Annual report of the Imperial Bacteriologist
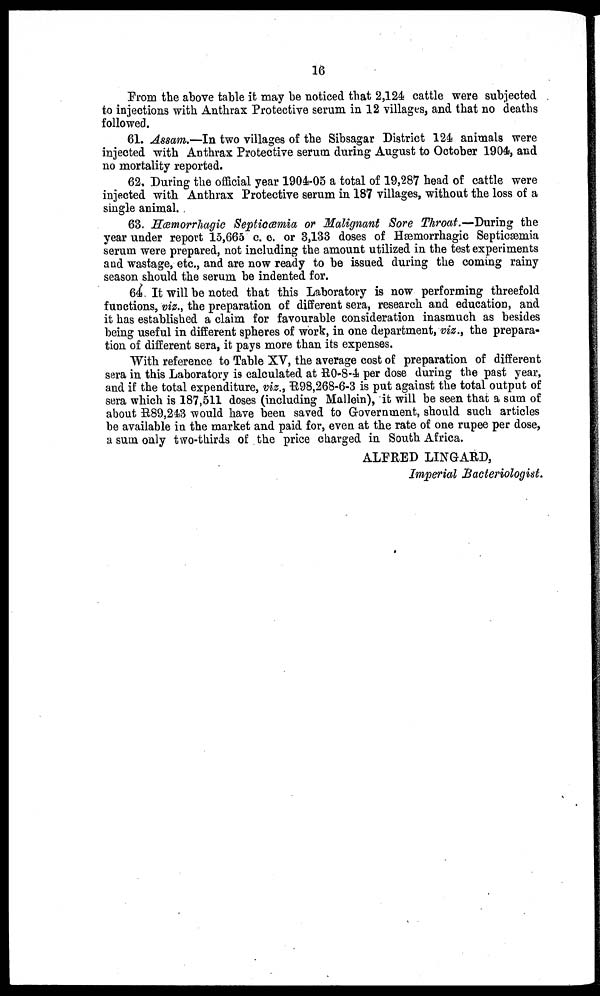
16
From the above table it may be noticed that 2,124 cattle were subjected
to injections with Anthrax Protective serum in 12 villages, and that no deaths
followed.
61. Assam.—In two villages of the Sibsagar District 124 animals were
injected with Anthrax Protective serum during August to October 1904, and
no mortality reported.
62. During the official year 1904-05 a total of 19,287 head of cattle were
injected with Anthrax Protective serum in 187 villages, without the loss of a
single animal.
63. Hœmorrhagic Septicœmia or Malignant Sore Throat.—During the
year under report 15,665 c. c. or 3,133 doses of Hæmorrhagic Septicæmia
serum were prepared, not including the amount utilized in the test experiments
and wastage, etc., and are now ready to be issued during the coming rainy
season should the serum be indented for.
64. It will be noted that this Laboratory is now performing threefold
functions, viz., the preparation of different sera, research and education, and
it has established a claim for favourable consideration inasmuch as besides
being useful in different spheres of work, in one department, viz., the prepara-
tion of different sera, it pays more than its expenses.
With reference to Table XV, the average cost of preparation of different
sera in this Laboratory is calculated at R0-8-4 per dose during the past year,
and if the total expenditure, viz., R98,268-6-3 is put against the total output of
sera which is 187,511 doses (including Mallein), it will be seen that a sum of
about R89,243 would have been saved to Government, should such articles
be available in the market and paid for, even at the rate of one rupee per dose,
a sum only two-thirds of the price charged in South Africa.
ALFRED LINGARD,
Imperial Bacteriologist.